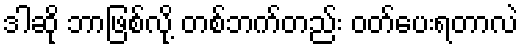
ဒါဆို ဘာဖြစ်လို့ တစ်ဘက်တည်း ဝတ်ပေးရတာလဲ